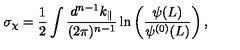
\sigma _ { \chi } = \frac { 1 } { 2 } \int \frac { d ^ { n - 1 } k _ { \| } } { ( 2 \pi ) ^ { n - 1 } } \ln \left( \frac { \psi ( L ) } { \psi ^ { ( 0 ) } ( L ) } \right) ,